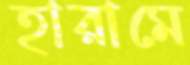
হারামে